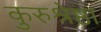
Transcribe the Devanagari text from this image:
कुरुश्रेष्ठा